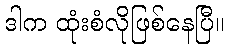
ဒါက ထုံးစံလိုဖြစ်နေပြီ။